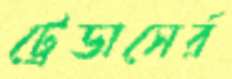
ট্রেডাসের্র